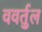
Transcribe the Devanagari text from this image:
ववर्तुल